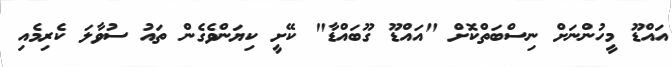
އައްޑޫ މީހުންނަށް ނިސްބަތްކޮށް "އައްޑޫ ގޫބައްޑާ" ކޭށީ ކިޔަންވެގެން ތައު ސުވާލަ ކެރިމެއި